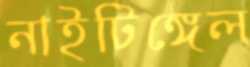
নাইটিঙ্গেল